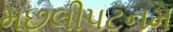
મછલીપટનમ